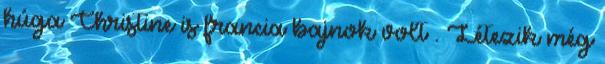
húga Christine is francia bajnok volt . Létezik még